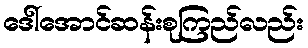
ဒေါ်အောင်ဆန်းစုကြည်လည်း